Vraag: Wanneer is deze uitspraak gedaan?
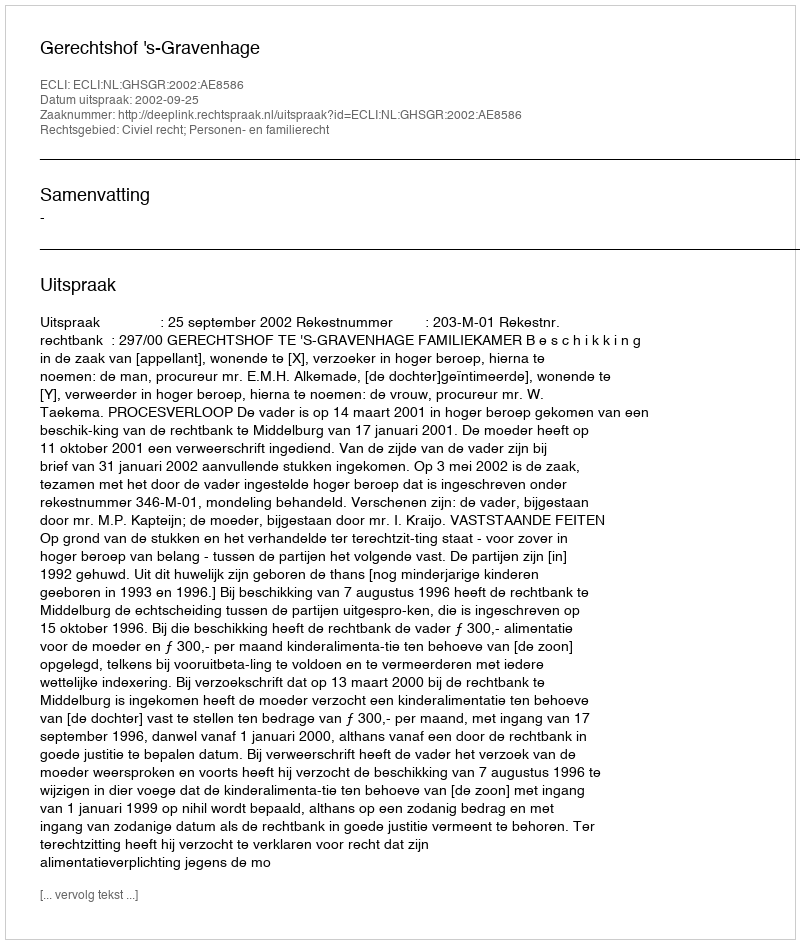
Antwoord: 2002-09-25